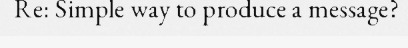
Re: Simple way to produce a message?